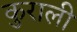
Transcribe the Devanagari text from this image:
कुराली